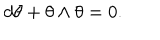
LaTeX: d \theta + \theta \wedge \theta = 0 .